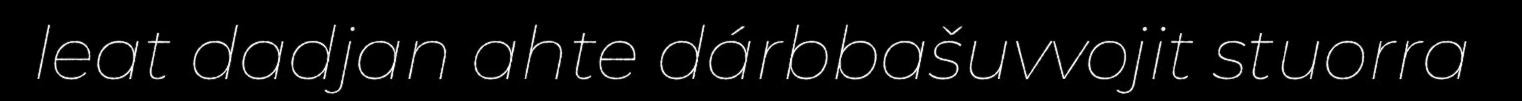
leat dadjan ahte dárbbašuvvojit stuorra